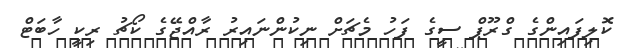
ކޮލިފައިންގެ ގްރޫޕް ސީގެ ފަހު މެޗަށް ނިކުންނައިރު ރާއްޖޭގެ ކޯޗު ރިކީ ހާބަޓް